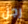
رجل